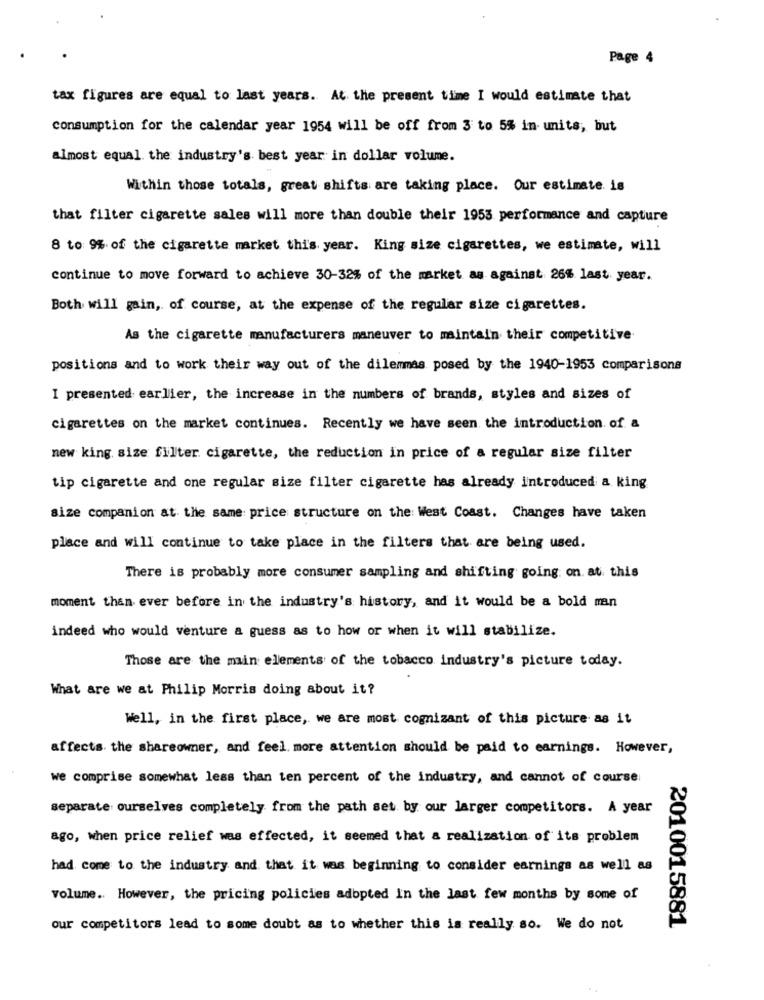
Page 4
tax figures are equal to last years. At the present time I would estimate that
consumption for the calendar year 1954 will be off from 3 to 5% in- units, but
almost equal. the industry's best year in dollar volume.
Within those totals, great shifts are taking place. Our estimate. is
that filter cigarette sales will more than double their 1953 performance and capture
8 to 9% of the cigarette market this year. King size cigarettes, we estimate, will
continue to move forward to achieve 30-32% of the market as against 26% last year.
Both will gain, of course, at the expense of the regular size cigarettes.
As the cigarette manufacturers maneuver to maintain their competitive
positions and to work their way out of the dilemmas posed by the 1940-1953 comparisons
I presented earlier, the increase in the numbers of brands, styles and sizes of
cigarettes on the market continues. Recently we have seen the introduction. of. &
new king size filter cigarette, the reduction in price of a regular size filter
tip cigarette and one regular size filter cigarette has already introduced a king
size companion at the same price structure on the West Coast. Changes have taken
place and will continue to take place in the filters that are being used.
There is probably more consumer sampling and shifting going on. at this
moment than ever before in the industry's history, and it would be a bold man
indeed who would venture a guess as to how or when it will stabilize.
Those are the main elements of the tobacco industry's picture today.
What are we at Philip Morris doing about it?
Well, in the first place, we are most cognizant of this picture as it
affects the shareowner, and feel. more attention should be paid to earnings. However,
we comprise somewhat less than ten percent of the industry, and cannot of course
separate ourselves completely from the path set by our larger competitors. A year
ago, when price relief was effected, it seemed that a realization of its problem
had come to the industry and that it was beginning to consider earnings as well as
volume .. However, the pricing policies adopted In the last few months by some of
our competitors lead to some doubt as to whether this is really so. We do not
2010015881